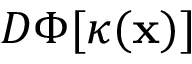
D \Phi [ \kappa ( \mathbf { x } ) ]